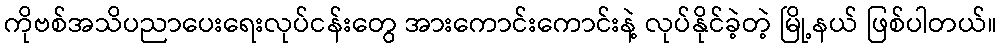
ကိုဗစ်အသိပညာပေးရေးလုပ်ငန်းတွေ အားကောင်းကောင်းနဲ့ လုပ်နိုင်ခဲ့တဲ့ မြို့နယ် ဖြစ်ပါတယ်။